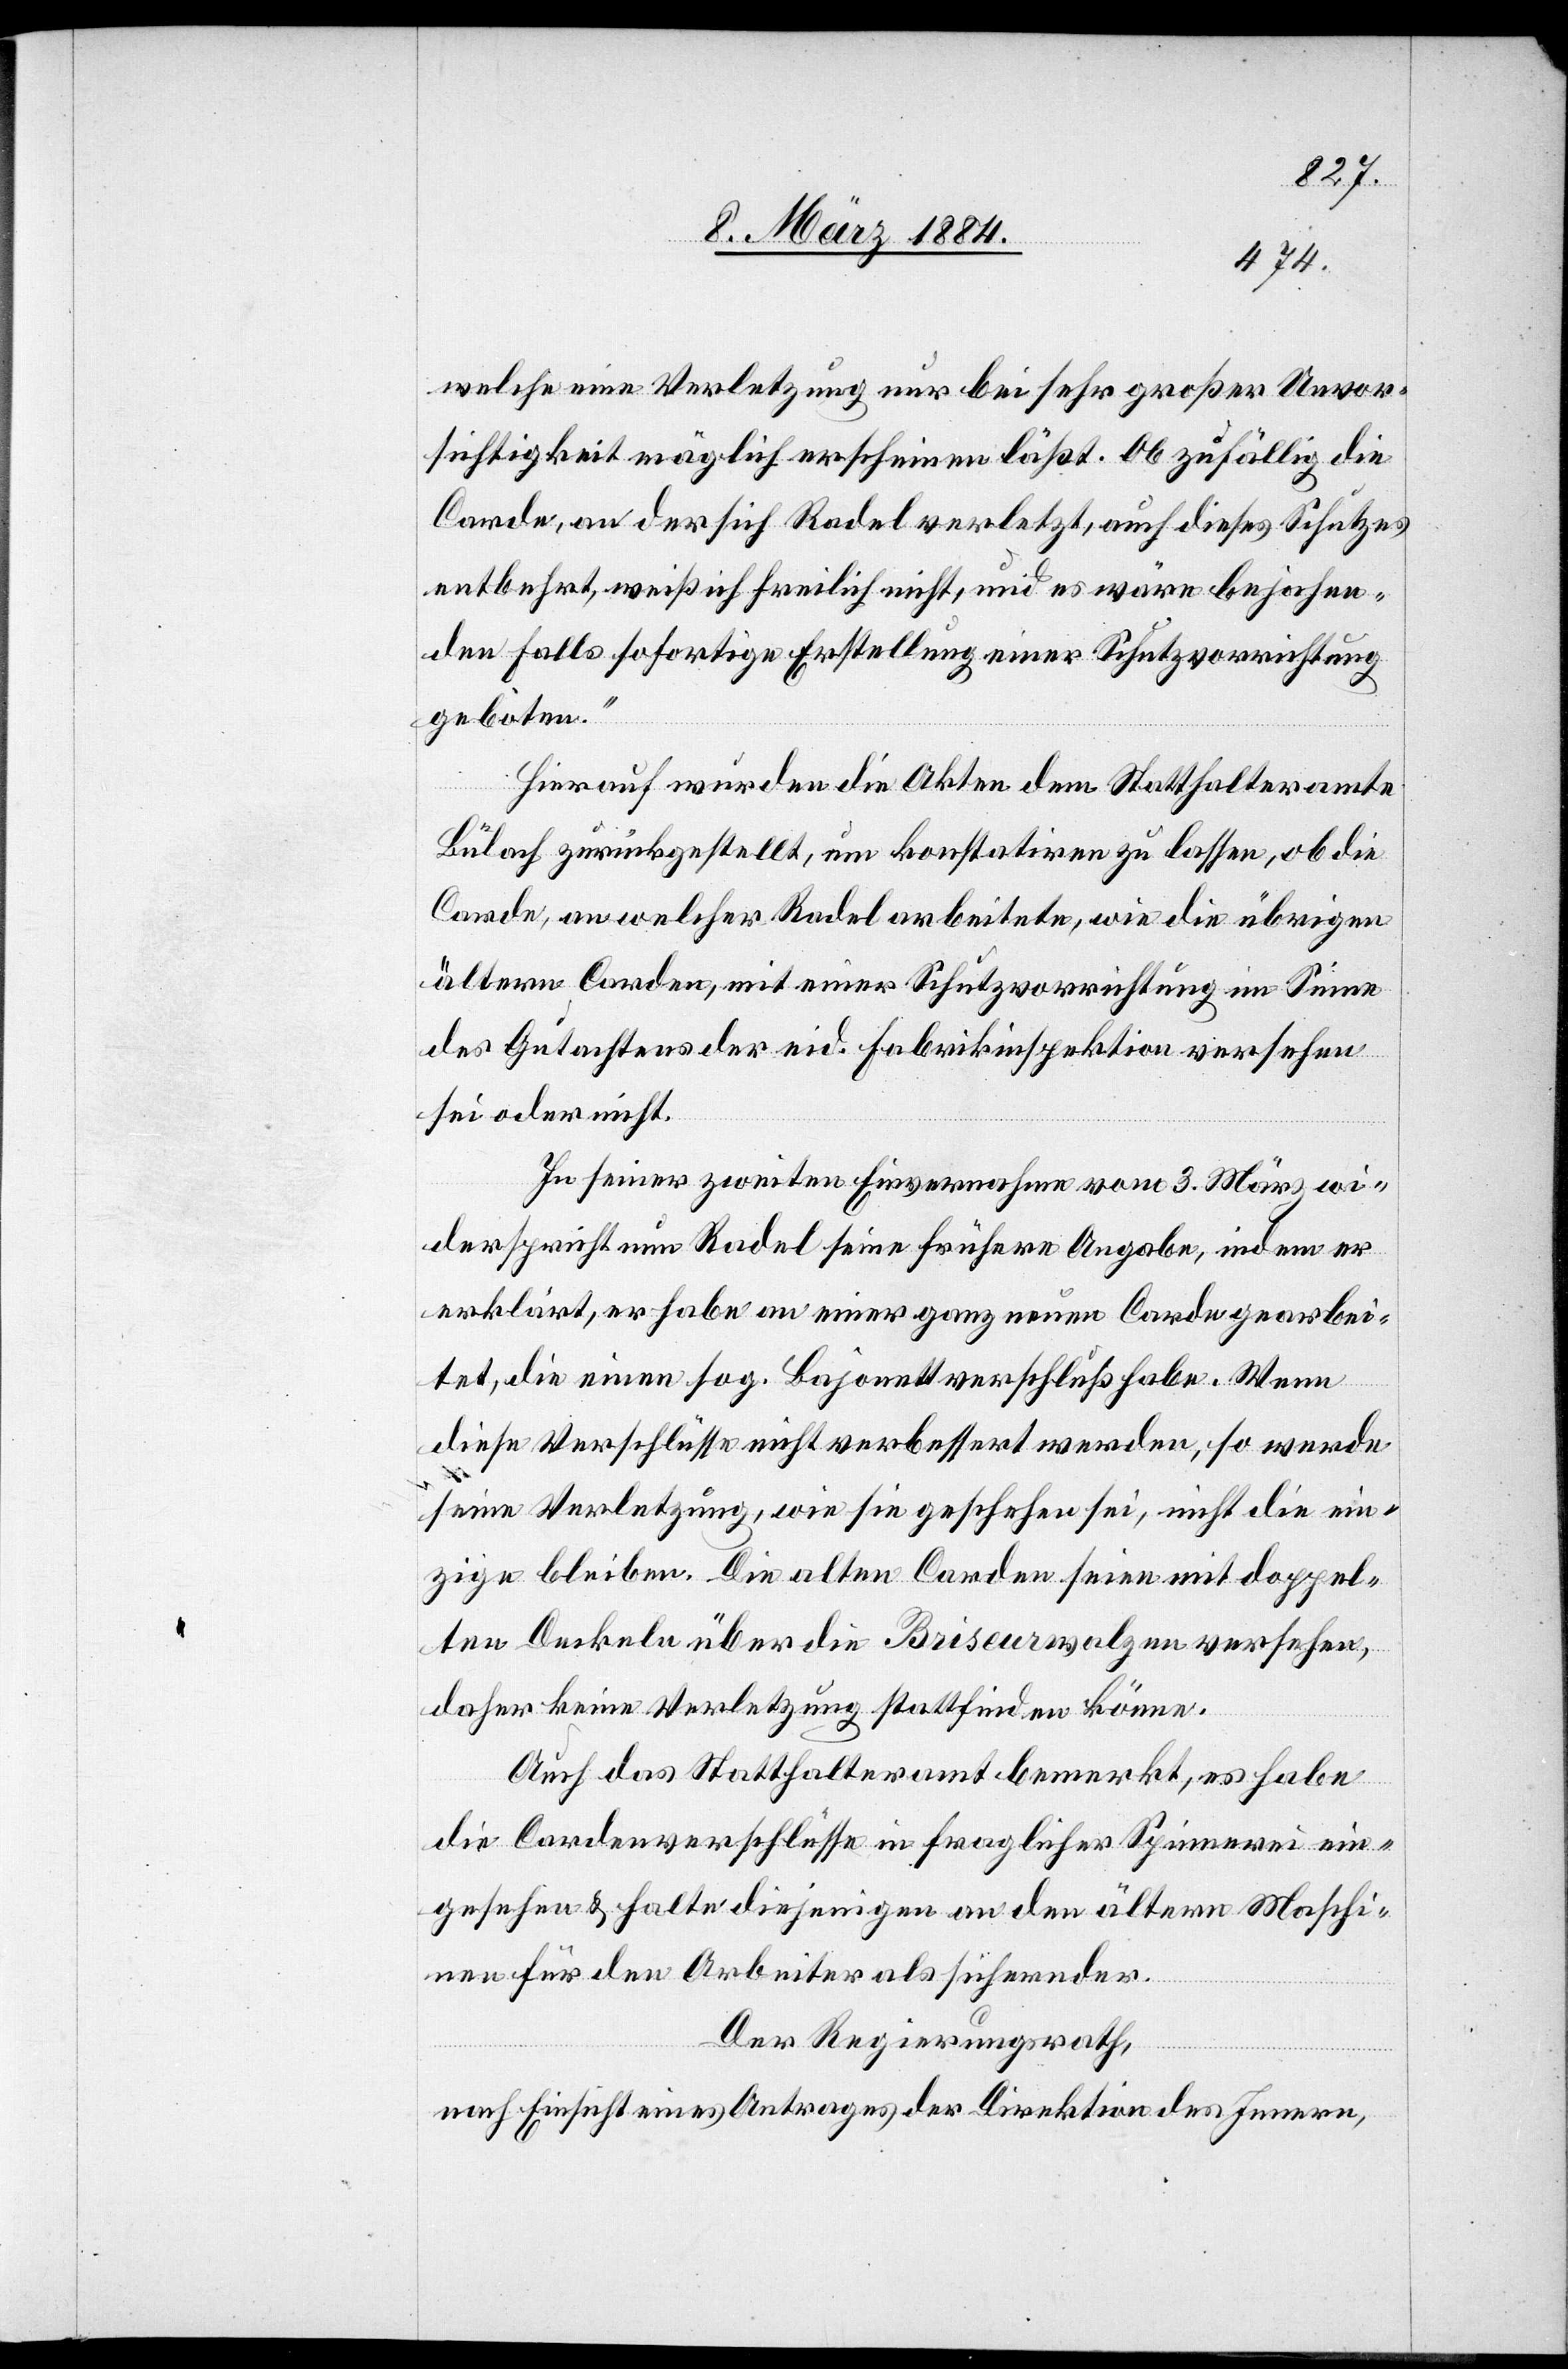
welche eine Verletzung nur bei sehr großer Unvor¬
sichtigkeit möglich erscheinen läßt. Ob zufällig die
Carde, an der sich Radel verletzt, auch dieses Schutzes
entbehrt, weiß ich freilich nicht, und es wäre bejahen¬
den Falls sofortige Erstellung einer Schutzvorrichtung
geboten.“
Hierauf wurden die Akten dem Statthalteramte
Bülach zurückgestellt, um konstatiren zu lassen, ob die
Carde, an welcher Radel arbeitete, wie die übrigen
ältern Carden, mit einer Schutzvorrichtung im Sinne
des Gutachtens der eid. Fabrikinspektion versehen
sei oder nicht.
In seiner zweiten Einvernahme vom 3. März wi¬
derspricht nun Radel seiner früheren Angabe, indem er
erklärt, er habe an einer ganz neuen Carde gearbei¬
tet, die einen sog. Bajonettverschluß habe. Wenn
diese Verschlüsse nicht verbessert werden, so werde
seine Verletzung, wie sie geschehen sei, nicht die ein¬
zige bleiben. Die alten Carden seien mit doppel¬
ten Deckeln über die Briseurwalzen versehen,
daher keine Verletzung stattfinden könne.
Auch das Statthalteramt bemerkt, es habe
die Cardenverschlüsse in fraglicher Spinnerei ein¬
gesehen & halte diejenigen an den ältern Maschi¬
nen für den Arbeiter als sichernder.
Der Regierungsrath,
nach Einsicht eines Antrages der Direktion des Innern,